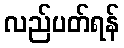
လည်ပတ်ရန်